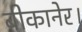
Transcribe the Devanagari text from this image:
बीकानेर।